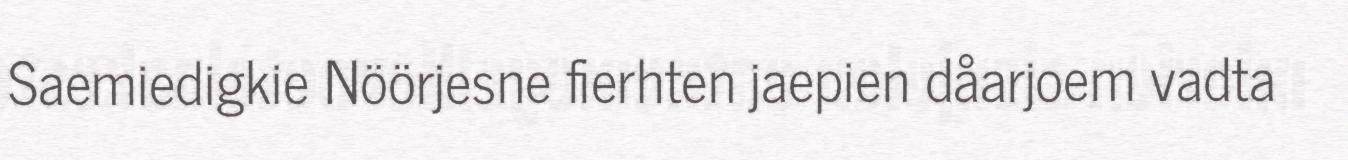
Saemiedigkie Nöörjesne fierhten jaepien dåarjoem vadta